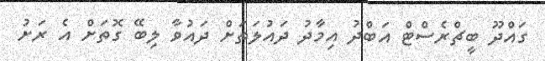
ގައްދޫ ބީޗްރެސްޓް އަބްދު އިމާދު ދައުލަތަށް ދައުވާ ލިބޭ ގޮތަށް އެ ރަށު